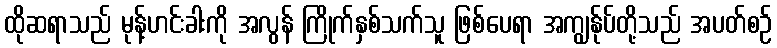
ထိုဆရာသည် မုန့်ဟင်းခါးကို အလွန် ကြိုက်နှစ်သက်သူ ဖြစ်ပေရာ အကျွန်ုပ်တို့သည် အပတ်စဉ်